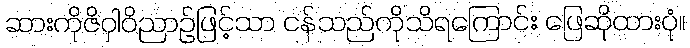
ဆားကိုဇိဝှါဝိညာဉ်ဖြင့်သာ ငန်သည်ကိုသိရကြောင်း ဖြေဆိုထားပုံ။